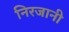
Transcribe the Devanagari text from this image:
निरजानी